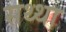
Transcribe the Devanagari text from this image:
सथ्था